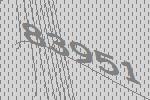
83951